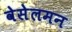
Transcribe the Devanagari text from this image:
वेसेलमन